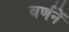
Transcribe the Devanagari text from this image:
वर्णनें